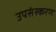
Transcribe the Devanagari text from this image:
उपसंस्करण